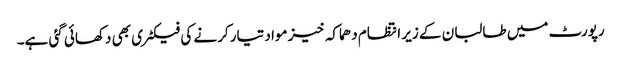
رپورٹ میں طالبان کے زیر انتظام دھماکہ خیز مواد تیار کرنے کی فیکٹری بھی دکھائی گئی ہے۔